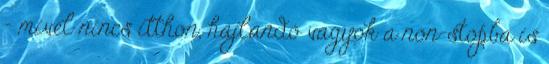
- mivel nincs itthon, hajlandó vagyok a non-stopba is